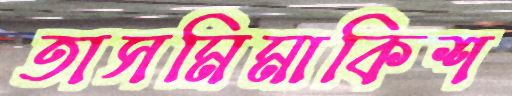
তাসমিমাকিশ